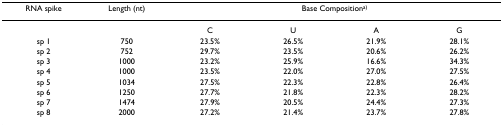
<table><thead><tr><td><b>RNA spike</b></td><td><b>Length (nt)</b></td><td colspan="4"><b>Base Composition<sup>a)</sup></b></td></tr></thead><tbody><tr><td></td><td></td><td>C</td><td>U</td><td>A</td><td>G</td></tr><tr><td>sp 1</td><td>750</td><td>23.5%</td><td>26.5%</td><td>21.9%</td><td>28.1%</td></tr><tr><td>sp 2</td><td>752</td><td>29.7%</td><td>23.5%</td><td>20.6%</td><td>26.2%</td></tr><tr><td>sp 3</td><td>1000</td><td>23.2%</td><td>25.9%</td><td>16.6%</td><td>34.3%</td></tr><tr><td>sp 4</td><td>1000</td><td>23.5%</td><td>22.0%</td><td>27.0%</td><td>27.5%</td></tr><tr><td>sp 5</td><td>1034</td><td>27.5%</td><td>22.3%</td><td>22.8%</td><td>26.4%</td></tr><tr><td>sp 6</td><td>1250</td><td>27.7%</td><td>21.8%</td><td>22.3%</td><td>28.2%</td></tr><tr><td>sp 7</td><td>1474</td><td>27.9%</td><td>20.5%</td><td>24.4%</td><td>27.3%</td></tr><tr><td>sp 8</td><td>2000</td><td>27.2%</td><td>21.4%</td><td>23.7%</td><td>27.8%</td></tr></tbody></table>